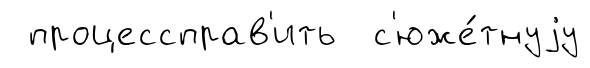
процессправ'ить с'юже́тнуjу